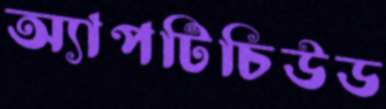
অ্যাপটিচিউড